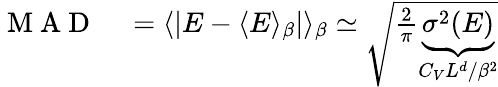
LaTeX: \begin{array}{rl}{\mathrm{~M~A~D~}}&{{}=\langle|E-\langle E\rangle_{\beta}|\rangle_{\beta}\simeq\sqrt{\frac 2\pi\underbrace{\sigma^{2}(E)}_{C_{V}L^{d}/\beta^{2}}}}\end{array}